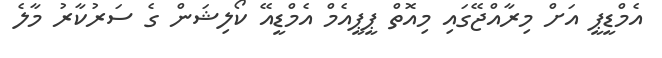
އެމްޑީޕީ އަށް މިރާއްޖޭގައި މިއޮތް ޕީޕީއެމް އެމްޑީއޭ ކޯލިޝަން ގެ ސަރުކާރު މާލެ